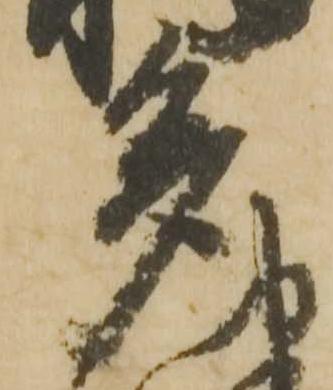
多